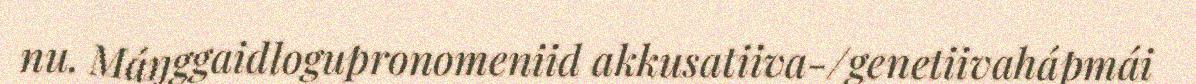
nu. Máŋggaidlogupronomeniid akkusatiiva-/genetiivahápmái